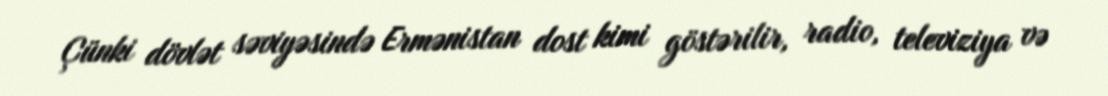
Çünki dövlət səviyəsində Ermənistan dost kimi göstərilir, radio, televiziya və